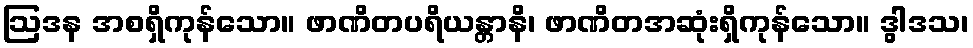
ဩဒန အစရှိကုန်သော။ ဖာဏိတပရိယန္တာနိ၊ ဖာဏိတအဆုံးရှိကုန်သော။ ဒွါဒသ၊